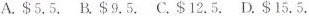
A. $5.5.B. $9.5.C. $12.5.D. $15.5.